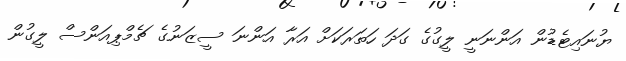
ޔުނައިޓެޑުން އަންނަނީ ލީގުގެ ގަދަ ހަތަރަކަށް އަރާ އަންނަ ސީޒަނުގެ ޗެމްޕިއަންސް ލީގުން